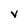
Character: v